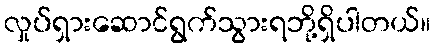
လှုပ်ရှားဆောင်ရွက်သွားရဘို့ရှိပါတယ်။